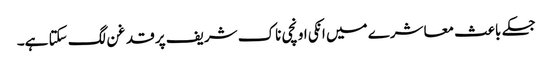
جسکے باعث معاشرے میں انکی اونچی ناک شریف پر قدغن لگ سکتا ہے۔